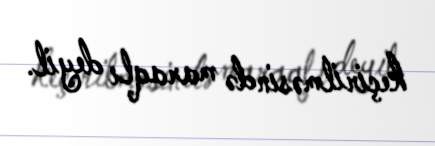
keçirilməsində maraqlı deyil.